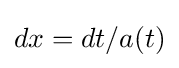
dx=dt/a(t)